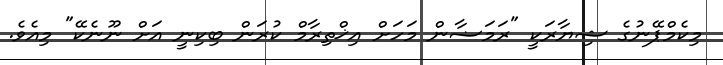
މިކެމްޕޭނުގެ ޝިޔާރަކީ "ރަމަޟާން މަހަށް އިޚްތިރާމް ކުރަން ބިކިނީ އަށް ނޫނެކޭ" މިއެވެ.